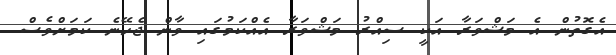
އެގޮތުން އެ މަޝްވަރާ އަކީ ސިއްރު މަޝްވަރާ އެއްކަމުގައި ވާން ޖެހޭނެ ކަމަށްވެސް